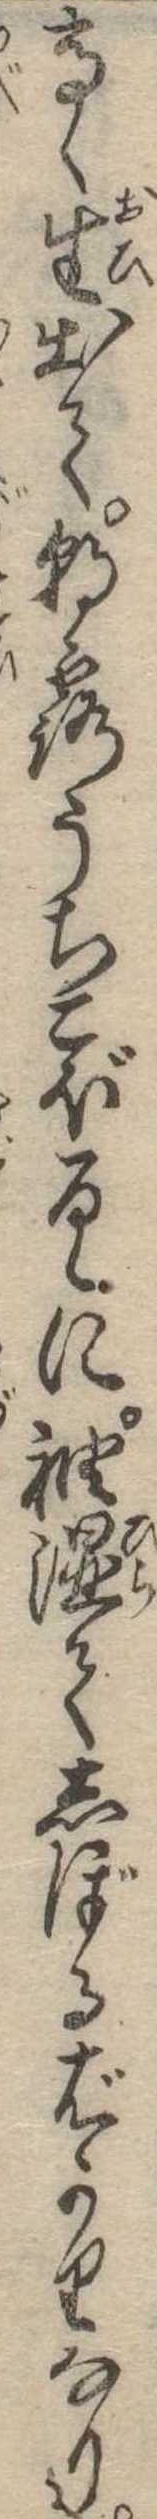
高く生出て朝露うちこぼるゝに袖湿てしぼるばかりなり